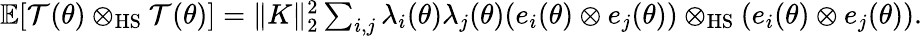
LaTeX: \begin{array}{r}{\mathbb{E}[\mathcal T(\theta)\otimes_{\mathrm{HS}}\mathcal T(\theta)]=\| K\| _{2}^{2}\sum_{i,j}\lambda_{i}(\theta)\lambda_{j}(\theta)(e_{i}(\theta)\otimes e_{j}(\theta))\otimes_{\mathrm{HS}}(e_{i}(\theta)\otimes e_{j}(\theta)).}\end{array}